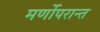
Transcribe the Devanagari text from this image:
मर्णोपरान्त